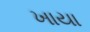
ખાયા